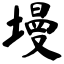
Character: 墁